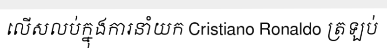
លើសលប់ក្នុងការនាំយក Cristiano Ronaldo ត្រឡប់